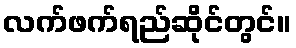
လက်ဖက်ရည်ဆိုင်တွင်။